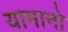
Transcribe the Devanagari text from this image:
यामानो